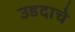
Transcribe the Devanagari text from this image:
उडदाचे